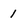
Character: 1